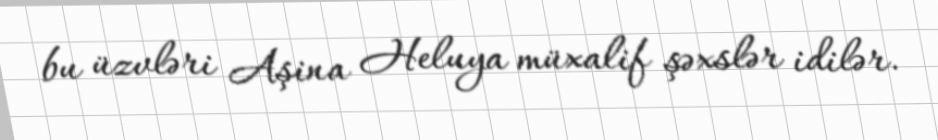
bu üzvləri Aşina Heluya müxalif şəxslər idilər.